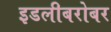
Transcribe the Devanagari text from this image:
इडलीबरोबर